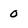
Character: 0